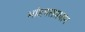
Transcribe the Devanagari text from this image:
भांडवलप्रधान